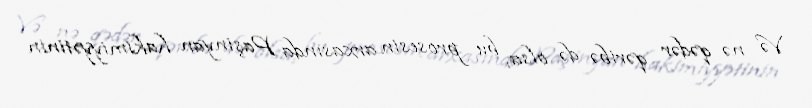
Və nə qədər qəribə də olsa, bu prosesin arxasında Paşinyan hakimiyyətinin